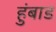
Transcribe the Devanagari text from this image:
हुंबाड